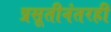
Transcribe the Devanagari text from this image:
प्रसूतीनंतरही